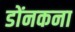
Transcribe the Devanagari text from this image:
डोंनकना